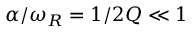
\alpha / \omega _ { R } = 1 / 2 Q \ll 1